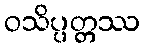
ဝသိပ္ပတ္တဿ